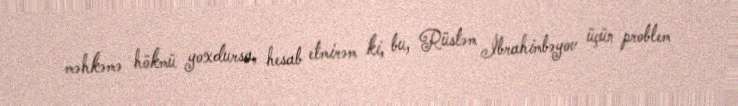
məhkəmə hökmü yoxdursa, hesab etmirəm ki, bu, Rüstəm İbrahimbəyov üçün problem